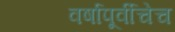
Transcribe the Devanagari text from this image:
वर्षापूर्वीचेच